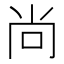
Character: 尚